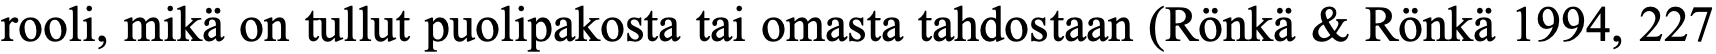
rooli, mikä on tullut puolipakosta tai omasta tahdostaan (Rönkä & Rönkä 1994, 227